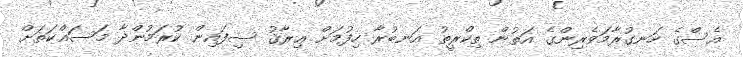
އެސްގެ ހަނގުރާމަވެރިންގެ އަތުން ތިކްރީތު އަނބުރާ ހިފުމަށް ޢިރާޤު ސިފައިން ކުރަމުންދާ މަސައްކަތަށް